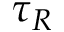
\tau _ { R }